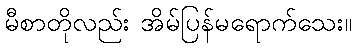
မီစာတိုလည်း အိမ်ပြန်မရောက်သေး။